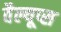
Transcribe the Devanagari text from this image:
वैल्यूप्स